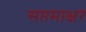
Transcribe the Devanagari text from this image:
सप्तमाक्षर